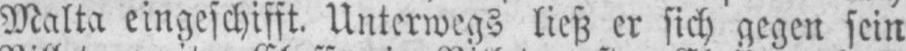
Malta eingeschifft. Unterwegs ließ er sich gegen sein